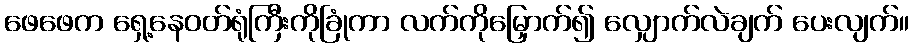
ဖေဖေက ရှေ့နေဝတ်ရုံကြီးကိုခြုံကာ လက်ကိုမြှောက်၍ လျှောက်လဲချက် ပေးလျက်။